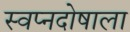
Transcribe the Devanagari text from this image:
स्वप्नदोषाला